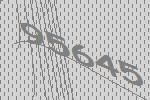
95645